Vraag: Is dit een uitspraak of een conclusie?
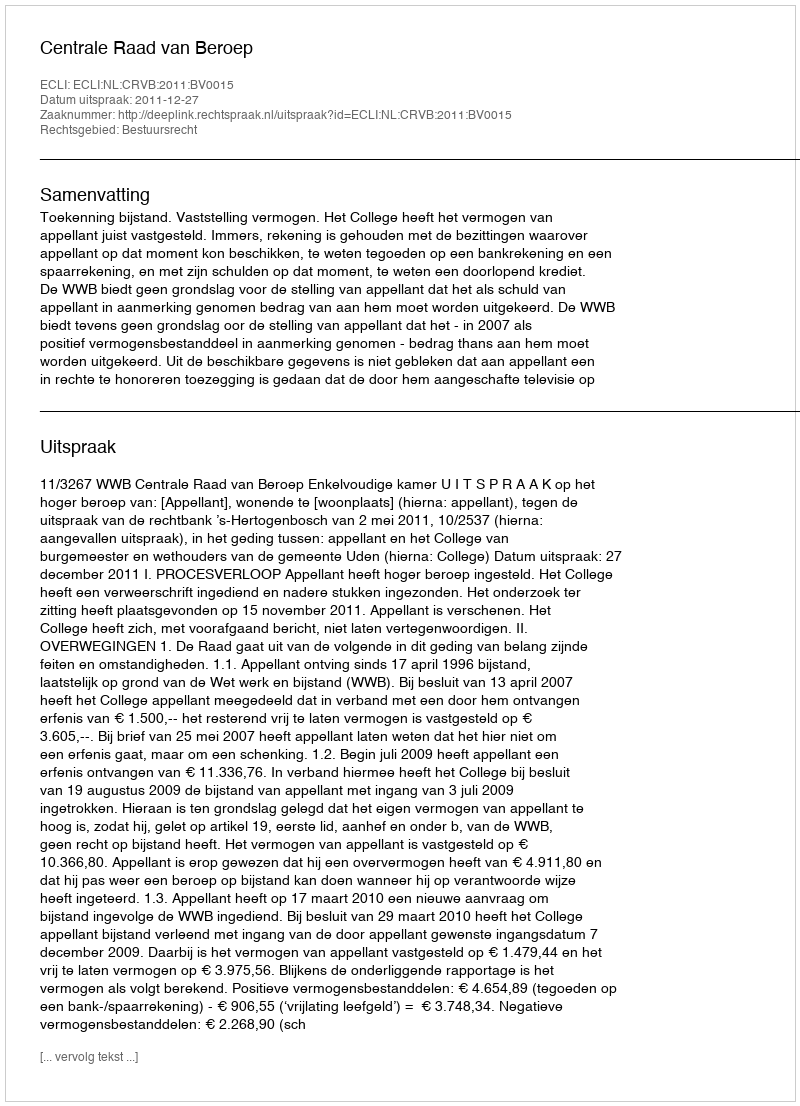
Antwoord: Uitspraak